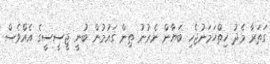
ގަތަރާ މެދު ހިތްހަމަނުޖެހި ބަޔާން ނެރުނު ތިން ގައުމުން ބުނީ ޖީސީސީގެ އެއްވެސް